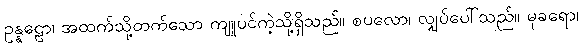
ဥန္နဠော၊ အထက်သို့တက်သော ကျူပင်ကဲ့သို့ရှိသည်။ စပလော၊ လျှပ်ပေါ်သည်။ မုခရော၊